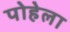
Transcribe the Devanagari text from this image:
पोहेला